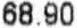
68.90